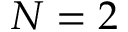
N = 2